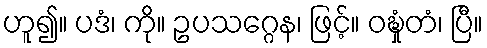
ဟူ၍။ ပဒံ၊ ကို။ ဥပသဂ္ဂေန၊ ဖြင့်။ ဝဍ္ဎှံတံ၊ ပြီ။